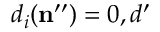
d _ { i } ( \mathbf { n } ^ { \prime \prime } ) = 0 , d ^ { \prime }